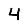
Digit: 4